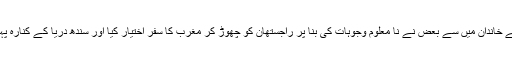
معظم کے خاندان میں سے بعض نے نا معلوم وجوہات کی بنا پر راجستھان کو چھوڑ کر مغرب کا سفر اختیار کیا اور سندھ دریا کے کنارہ پہنچ گئے۔